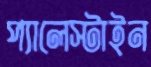
প্যালেস্টাইন